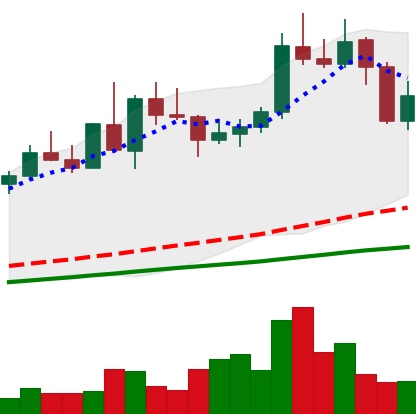
Ticker: NEO-USD
Chart end date: 2020-09-04
Forward return: -9.233%
Label: down_7plus